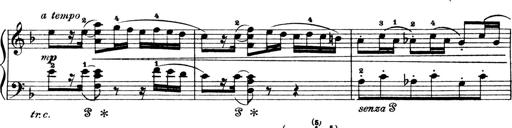
Title: 4 Sonatines
Composer: Max Reger